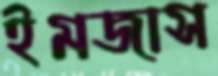
ইমজাস